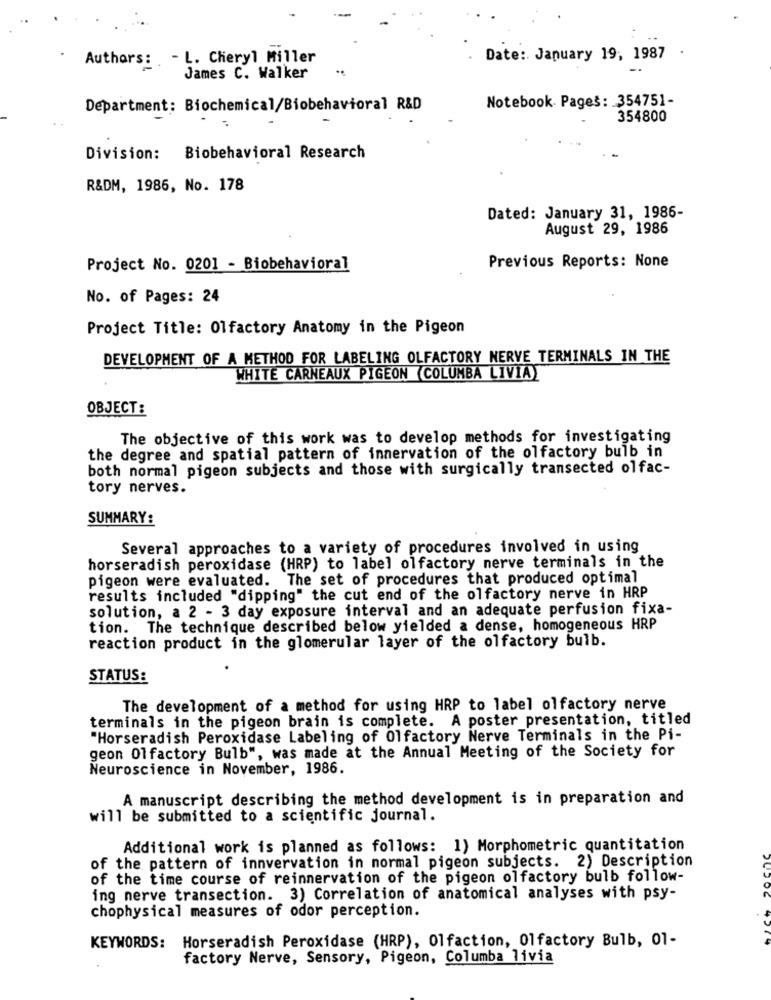
Authors: - L. Cheryl Miller
Date: January 19, 1987
..
James C. Walker
Department: Biochemical/Biobehavioral R&D
Notebook- Pages: 354751-
354800
Division: Biobehavioral Research
R&DM, 1986, No. 178
Dated: January 31, 1986-
August 29, 1986
Project No. 0201 - Biobehavioral
Previous Reports: None
No. of Pages: 24
Project Title: Olfactory Anatomy in the Pigeon
DEVELOPMENT OF A METHOD FOR LABELING OLFACTORY NERVE TERMINALS IN THE
WHITE CARNEAUX PIGEON COLUMBA LIVIAY
OBJECT:
The objective of this work was to develop methods for investigating
the degree and spatial pattern of innervation of the olfactory bulb in
both normal pigeon subjects and those with surgically transected olfac-
tory nerves.
SUMMARY:
Several approaches to a variety of procedures involved in using
horseradish peroxidase (HRP) to label olfactory nerve terminals in the
pigeon were evaluated. The set of procedures that produced optimal
results included "dipping" the cut end of the olfactory nerve in HRP
solution, a 2 - 3 day exposure interval and an adequate perfusion fixa-
tion. The technique described below yielded a dense, homogeneous HRP
reaction product in the glomerular layer of the olfactory bulb.
STATUS:
The development of a method for using HRP to label olfactory nerve
terminals in the pigeon brain is complete. A poster presentation, titled
"Horseradish Peroxidase Labeling of Olfactory Nerve Terminals in the Pi-
geon Olfactory Bulb", was made at the Annual Meeting of the Society for
Neuroscience in November, 1986.
A manuscript describing the method development is in preparation and
will be submitted to a scientific journal.
Additional work is planned as follows: 1) Morphometric quantitation
of the pattern of innvervation in normal pigeon subjects. 2) Description
of the time course of reinnervation of the pigeon olfactory bulb follow-
ing nerve transection. 3) Correlation of anatomical analyses with psy-
chophysical measures of odor perception.
Horseradish Peroxidase (HRP), Olfaction, Olfactory Bulb, 01-
KEYWORDS:
factory Nerve, Sensory, Pigeon, Columba livia